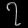
Digit: ၇